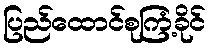
ပြည်ထောင်စုကြံ့ခိုင်